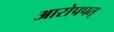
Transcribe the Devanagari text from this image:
आरोपपत्